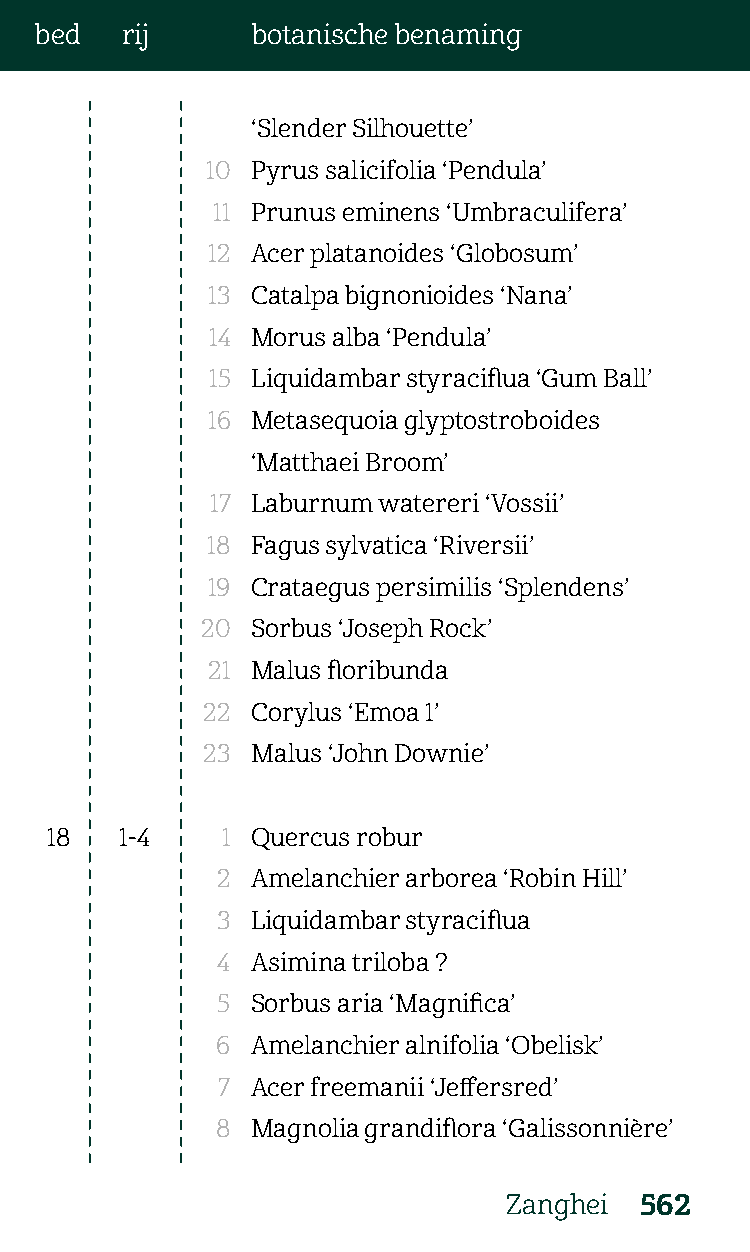
bed   rij      botanische benaming
 ‘Slender Silhouette’
 10 Pyrus salicifolia ‘Pendula’
 11 Prunus eminens ‘Umbraculifera’
 12 Acer platanoides ‘Globosum’
 13 Catalpa bignonioides ‘Nana’
 14 Morus alba ‘Pendula’
 15 Liquidambar styraciflua ‘Gum Ball’
 16 Metasequoia glyptostroboides
 ‘Matthaei Broom’
 17 Laburnum watereri ‘Vossii’
 18 Fagus sylvatica ‘Riversii’
 19 Crataegus persimilis ‘Splendens’
 20  Sorbus ‘Joseph Rock’
 21 Malus floribunda
 22  Corylus ‘Emoa 1’
 23  Malus ‘John Downie’
 18   1-4    1 Quercus robur
 2  Amelanchier arborea ‘Robin Hill’
 3  Liquidambar styraciflua
 4  Asimina triloba ?
 5  Sorbus aria ‘Magnifica’
 6  Amelanchier alnifolia ‘Obelisk’
 7  Acer freemanii ‘Jeffersred’
 8  Magnolia grandiflora ‘Galissonnière’
 Zanghei 562